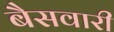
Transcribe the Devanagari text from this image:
बैसवारी